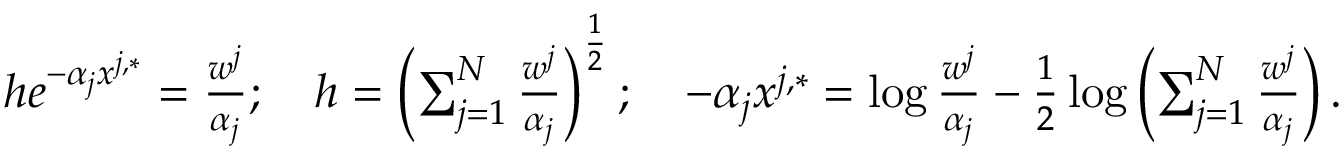
\begin{array} { r l } & { h e ^ { - \alpha _ { j } x ^ { j , * } } = \frac { w ^ { j } } { \alpha _ { j } } ; \quad h = \left( \sum _ { j = 1 } ^ { N } \frac { w ^ { j } } { \alpha _ { j } } \right) ^ { \frac { 1 } { 2 } } ; \quad - \alpha _ { j } x ^ { j , * } = \log \frac { w ^ { j } } { \alpha _ { j } } - \frac { 1 } { 2 } \log \left( \sum _ { j = 1 } ^ { N } \frac { w ^ { j } } { \alpha _ { j } } \right) . } \end{array}